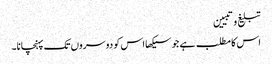
تبلیغ وتبیین
اس کا مطلب ہے جو سیکھا اس کو دوسروں تک پہنچانا۔